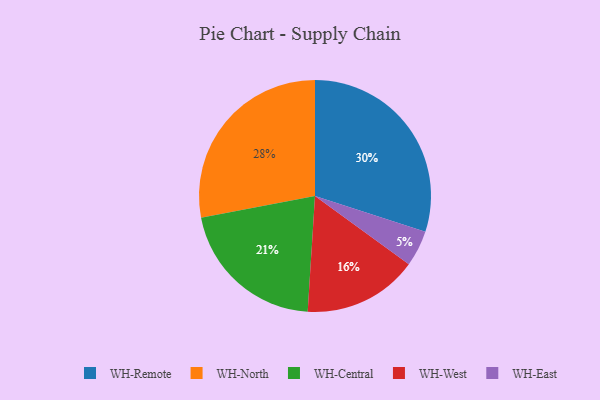
{"axis": {"x": "Category", "y": "Percentage"}, "legend": ["WH-Central", "WH-East", "WH-North", "WH-Remote", "WH-West"], "data": [{"x": "WH-North", "y": 28, "type": "WH-North"}, {"x": "WH-West", "y": 16, "type": "WH-West"}, {"x": "WH-Remote", "y": 30, "type": "WH-Remote"}, {"x": "WH-East", "y": 5, "type": "WH-East"}, {"x": "WH-Central", "y": 21, "type": "WH-Central"}]}